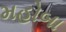
મહોબા